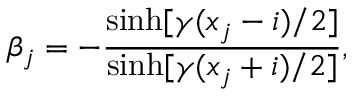
\beta _ { j } = - \frac { \sinh [ \gamma ( x _ { j } - i ) / 2 ] } { \sinh [ \gamma ( x _ { j } + i ) / 2 ] } ,